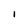
Character: i